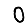
Digit: 0